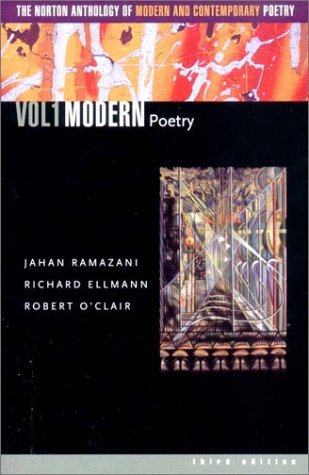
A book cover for The Norton Anthology of Modern and Contemporary Poetry, Volume 1: Modern Poetry; Literature & Fiction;